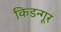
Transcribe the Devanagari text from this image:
किडन्गूर